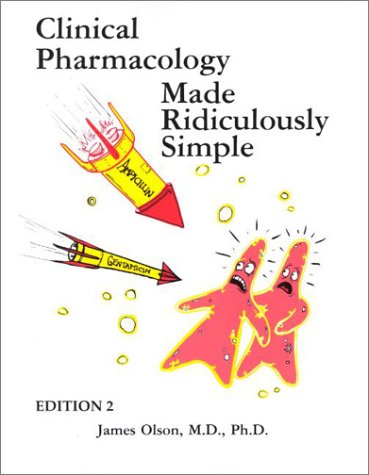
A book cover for Clinical Pharmacology Made Ridiculously Simple (MedMaster Series, Second Edition); James Olson; Medical Books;